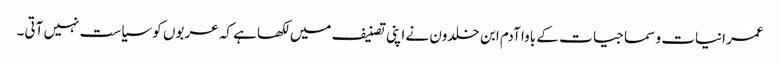
عمرانیات و سماجیات کے باوا آدم ابن خلدون نے اپنی تصنیف میں لکھا ہے کہ عربوں کو سیاست نہیں آتی۔